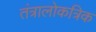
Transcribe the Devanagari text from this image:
तंत्रालोकत्रिक